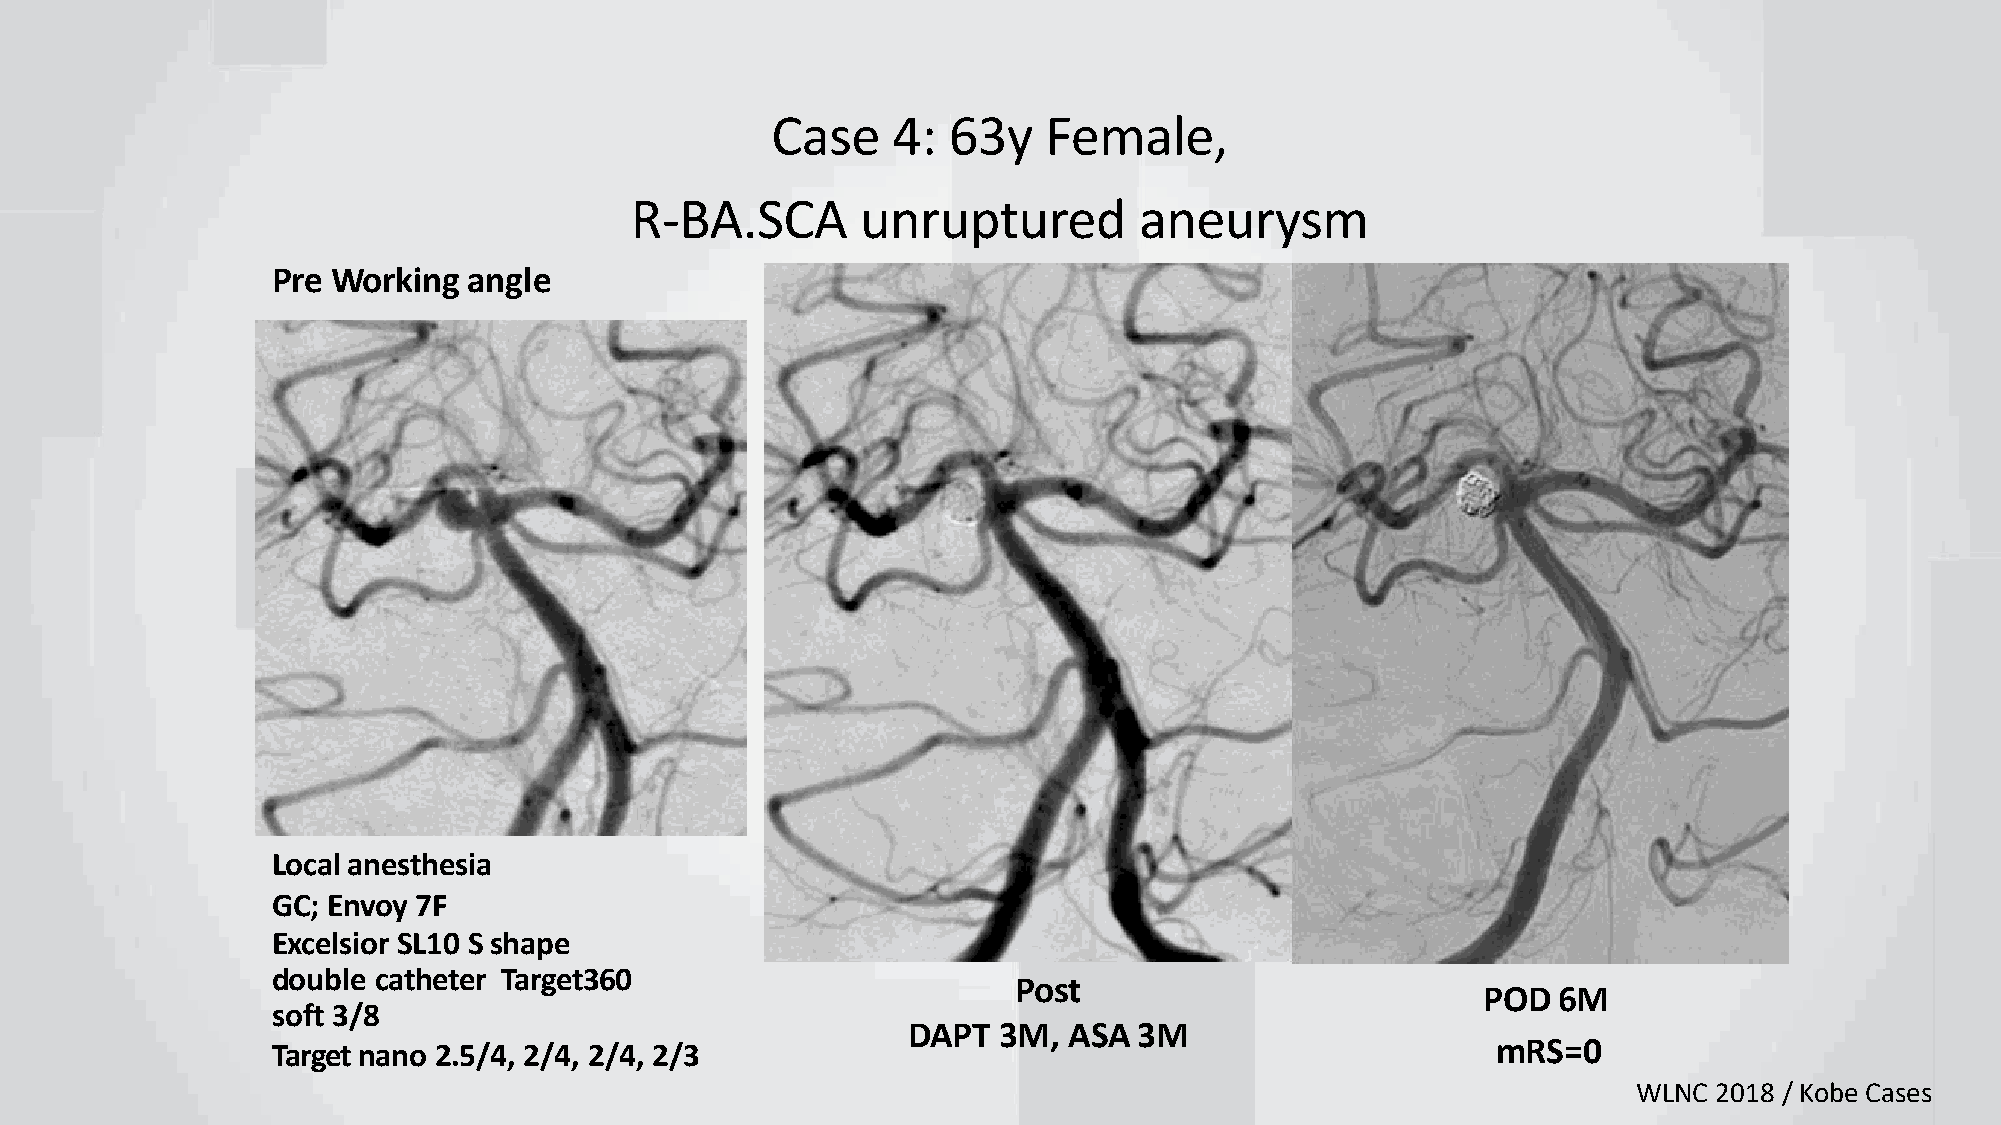
Case    4:  63y   Female,
 R-BA.SCA       unruptured        aneurysm
 Pre Working  angle
 Localanesthesia
 GC; Envoy 7F
 Excelsior SL10 Sshape
 double catheter Target360
 Post
 POD  6M
 soft 3/8
 DAPT  3M,  ASA 3M
 Target nano 2.5/4, 2/4, 2/4, 2/3                                                 mRS=0
 WLNC  2018 / Kobe Cases